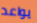
يواعد